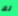
لك